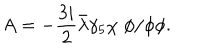
A = - \frac { 3 i } { 2 } { \bar { \lambda } } \gamma _ { 5 } \chi \; \phi / \phi \phi .